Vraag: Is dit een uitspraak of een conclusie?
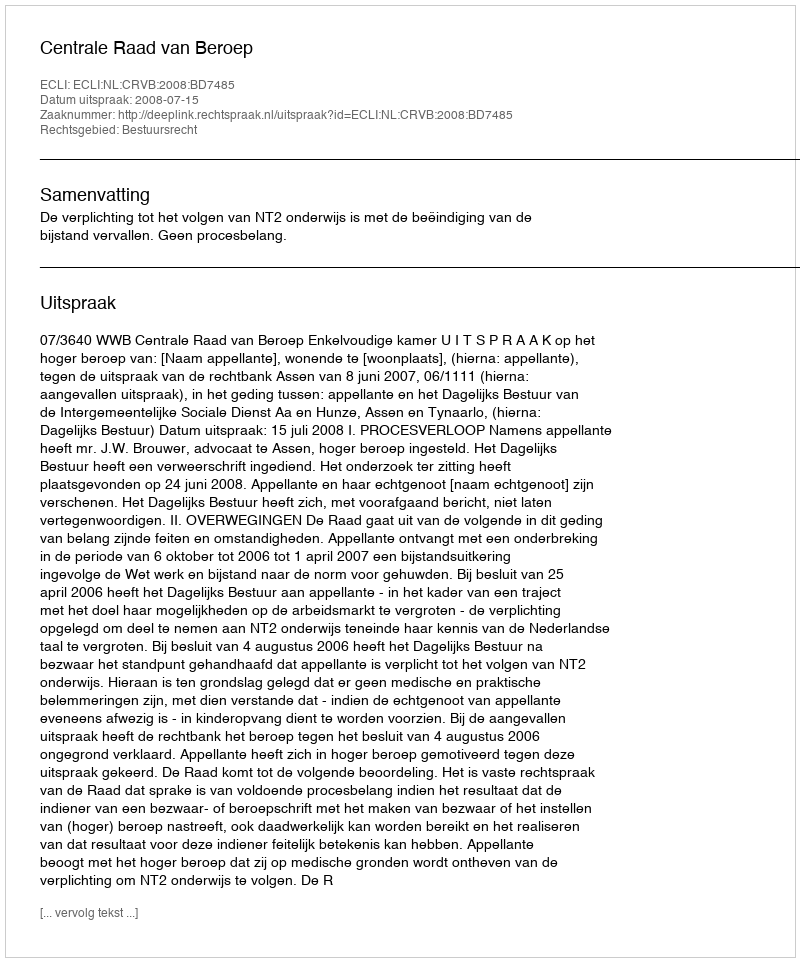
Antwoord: Uitspraak